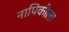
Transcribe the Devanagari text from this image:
नापिकीला